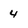
Character: 4